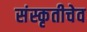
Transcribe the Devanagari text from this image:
संस्कृतीचेव